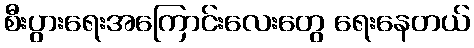
စီးပွားရေးအကြောင်းလေးတွေ ရေးနေတယ်